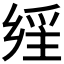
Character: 𤔕